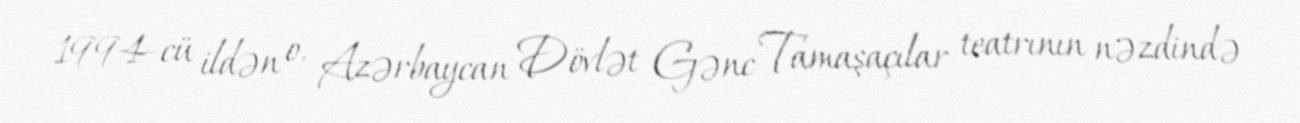
1994-cü ildən o, Azərbaycan Dövlət Gənc Tamaşaçılar teatrının nəzdində